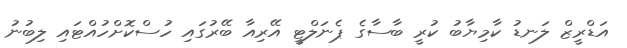
އަޑްރީޒް ލަނޑު ކާމިޔާބު ކުރީ ބާސާގެ ޕެނަލްޓީ އޭރިއާ ބޭރުގައި ހުސްކޮށްހުއްޓައި ލިބުނު